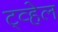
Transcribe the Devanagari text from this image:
ट्व्हेल